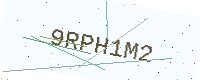
Text: 9RPH1M2